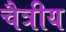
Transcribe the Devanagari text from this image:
चैत्रीय